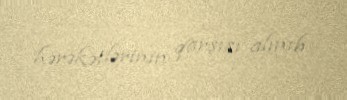
hərəkətlərinin qarşısı alınıb.